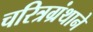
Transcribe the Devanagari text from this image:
चरित्रग्रंथाने